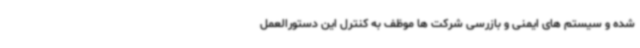
شده و سیستم های ایمنی و بازرسی شرکت ها موظف به کنترل این دستورالعمل